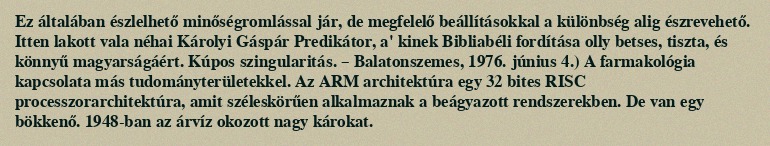
Ez általában észlelhető minőségromlással jár, de megfelelő beállításokkal a különbség alig észrevehető. Itten lakott vala néhai Károlyi Gáspár Predikátor, a' kinek Bibliabéli fordítása olly betses, tiszta, és könnyű magyarságáért. Kúpos szingularitás. – Balatonszemes, 1976. június 4.) A farmakológia kapcsolata más tudományterületekkel. Az ARM architektúra egy 32 bites RISC processzorarchitektúra, amit széleskörűen alkalmaznak a beágyazott rendszerekben. De van egy bökkenő. 1948-ban az árvíz okozott nagy károkat.